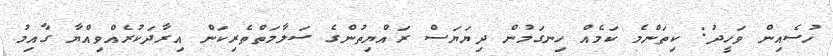
ހުސެއިން ވަހީދު: ކިތަންމެ ކަމެއް ހިނގަމުން ދިޔަޔަސް ރައްޔިތުންގެ ސަލާމަތްތެރިކަން އިރާދަކުރެއްވިއްޔާ ގާއިމު